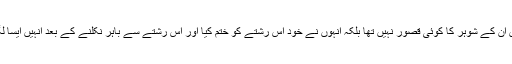
صنم سعید نے اعتراف کیا کہ ان کی طلاق میں ان کے شوہر کا کوئی قصور نہیں تھا بلکہ انہوں نے خود اس رشتے کو ختم کیا اور اس رشتے سے باہر نکلنے کے بعد انہیں ایسا لگا جیسے وہ کسی بوجھ سے ہلکی ہو گئی ہوں۔